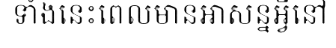
ទាំងនេះពេលមានអាសន្នអ្វីនៅ